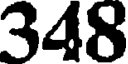
348